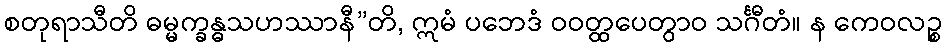
စတုရာသီတိ ဓမ္မက္ခန္ဓသဟဿာနီ”တိ, ဣမံ ပဘေဒံ ဝဝတ္ထပေတွာဝ သင်္ဂီတံ။ န ကေဝလဉ္စ